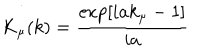
K _ { \mu } ( k ) = \frac { \exp [ i a k _ { \mu } - 1 ] } { i a }